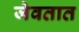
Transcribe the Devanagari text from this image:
जेवतात